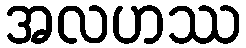
အလဟဿ